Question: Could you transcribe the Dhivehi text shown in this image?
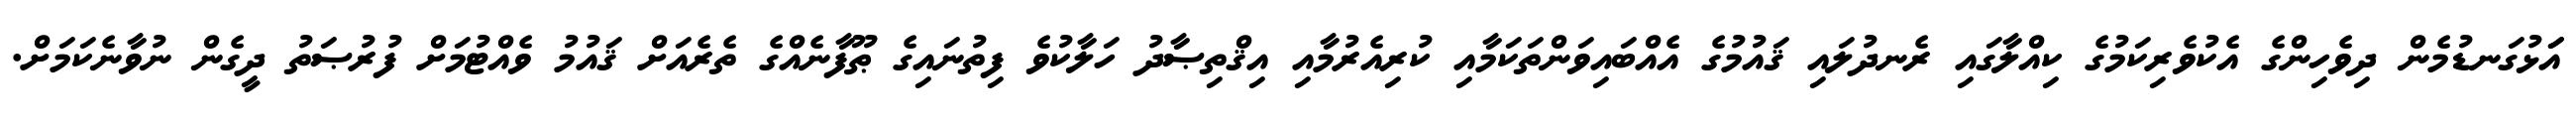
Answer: އަަޅުގަނޑުމެން ދިވެހިންގެ އެކުވެރިކަމުގެ ކިއްލާގައި ރެނދުލައި ޤައުމުގެ އެއްބައިވަންތަކަމާއި ކުރިއެރުމާއި އިޤްތިޞާދު ހަލާކުވެ ފިތުނައިގެ ޠޫފާނެއްގެ ތެރެއަށް ޤައުމު ވެއްޓުމަށް ފުރުޞަތު ދީގެން ނުވާނެކަމަށް.